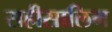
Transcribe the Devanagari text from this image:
सहीसालिम